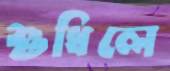
শুধিলে